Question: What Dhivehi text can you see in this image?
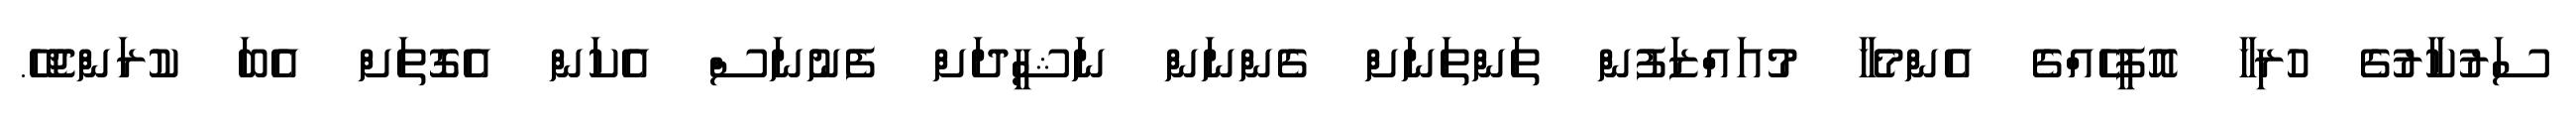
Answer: ސަރުކާރުގެ ހުރިހާ އޮފީހެއްގެ އެންމެހާ މުއައްޒަފުން ތަންތަނަށް ގެންނަން ނަޝީދަށް ފެނުނަސް އެކަން އެގޮތަށް އެބަ ކުރަންޖެހޭ.